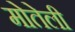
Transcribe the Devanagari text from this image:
मोतेली